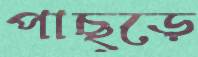
পাছ্‌ড়ে